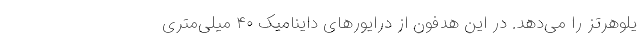
یلوهرتز را می‌دهد. در این هدفون از درایورهای داینامیک ۴۰ میلی‌متری